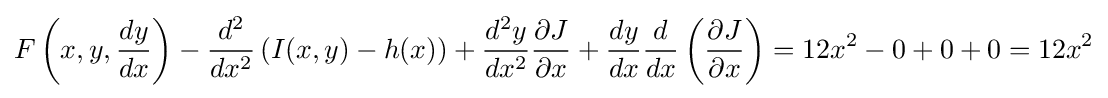
F\left(x,y,{dy \over dx}\right)-{d^{2} \over dx^{2}}\left(I(x,y)-h(x)\right)+{d^{2}y \over dx^{2}}{\partial J \over \partial x}+{dy \over dx}{d \over dx}\left({\partial J \over \partial x}\right)=12x^{2}-0+0+0=12x^{2}